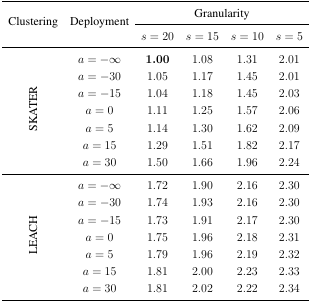
| <ROWSPAN=2> Clustering | <ROWSPAN=2> Deployment | <COLSPAN=4> Granularity |
 | s = 20 | s = 15 | s = 10 | s = 5 |
 | --- | --- | --- | --- | --- | --- |
 | <ROWSPAN=7> SKATER | a = −∞ | 1.00 | 1.08 | 1.31 | 2.01 |
 | a = −30 | 1.05 | 1.17 | 1.45 | 2.01 |
 | a = −15 | 1.04 | 1.18 | 1.45 | 2.03 |
 | a = 0 | 1.11 | 1.25 | 1.57 | 2.06 |
 | a = 5 | 1.14 | 1.30 | 1.62 | 2.09 |
 | a = 15 | 1.29 | 1.51 | 1.82 | 2.17 |
 | a = 30 | 1.50 | 1.66 | 1.96 | 2.24 |
 | <ROWSPAN=7> LEACH | a = −∞ | 1.72 | 1.90 | 2.16 | 2.30 |
 | a = −30 | 1.74 | 1.93 | 2.16 | 2.30 |
 | a = −15 | 1.73 | 1.91 | 2.17 | 2.30 |
 | a = 0 | 1.75 | 1.96 | 2.18 | 2.31 |
 | a = 5 | 1.79 | 1.96 | 2.19 | 2.32 |
 | a = 15 | 1.81 | 2.00 | 2.23 | 2.33 |
 | a = 30 | 1.81 | 2.02 | 2.22 | 2.34 |